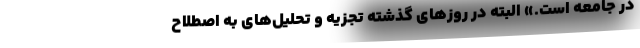
در جامعه است.» البته در روزهای گذشته تجزیه و تحلیل‌های به اصطلاح